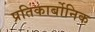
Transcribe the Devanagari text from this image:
प्रतिकार्बोनिक